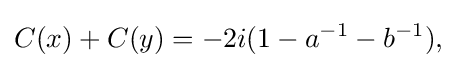
\displaystyle {C(x)+C(y)=-2i(1-a^{-1}-b^{-1}),}